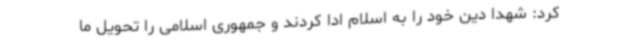
کرد: شهدا دین خود را به اسلام ادا کردند و جمهوری اسلامی را تحویل ما